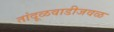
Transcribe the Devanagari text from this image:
तांदूळवाडीजवळ